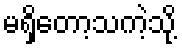
မရှိတော့သကဲ့သို့